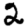
Digit: 2